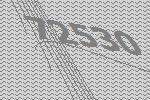
72530